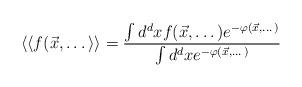
LaTeX: \begin{align*}\langle\langle f({\vec x}, \dots \rangle\rangle =\frac{\int d^d x f({\vec x}, \dots) e^{-\varphi ({\vec x}, \dots)}}{\int d^dx e^{-\varphi ({\vec x}, \dots)}}\end{align*}